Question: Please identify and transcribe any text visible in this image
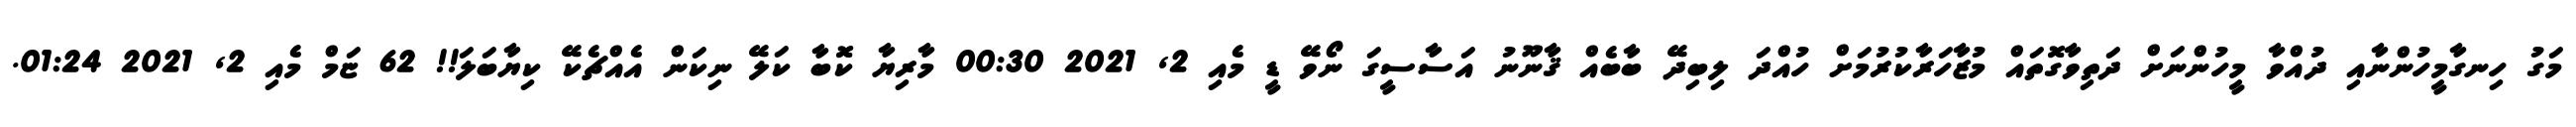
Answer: މަގު ހިނގާމީހުންނާއި ދުއްވާ މީހުންނަށް ދަތިވާގޮތައް މުޒާހަރާކުރުމަށް ހުއްދަ ލިބިދޭ ބާބެއް ޤާނޫނު އަސާސީގަ ނޯވޭ ޑީ މެއި 2, 2021 00:30 މާރިޔާ ކޮބާ ކަލޭ ނިކަން އެއްޗެކޭ ކިޔާބަލަ!! 62 ޏަމް މެއި 2, 2021 01:24.